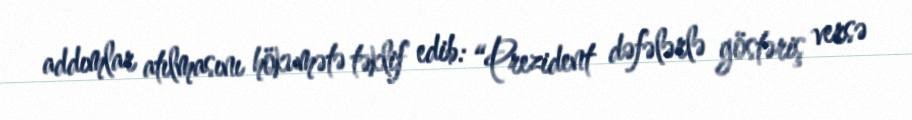
addımlar atılmasını hökumətə təklif edib: “Prezident dəfələrlə göstəriş versə